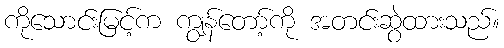
ကိုသောင်းမြင့်က ကျွန်တော့်ကို အတင်းဆွဲထားသည်။